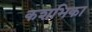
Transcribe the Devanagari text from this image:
कशभिका